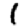
Digit: 1